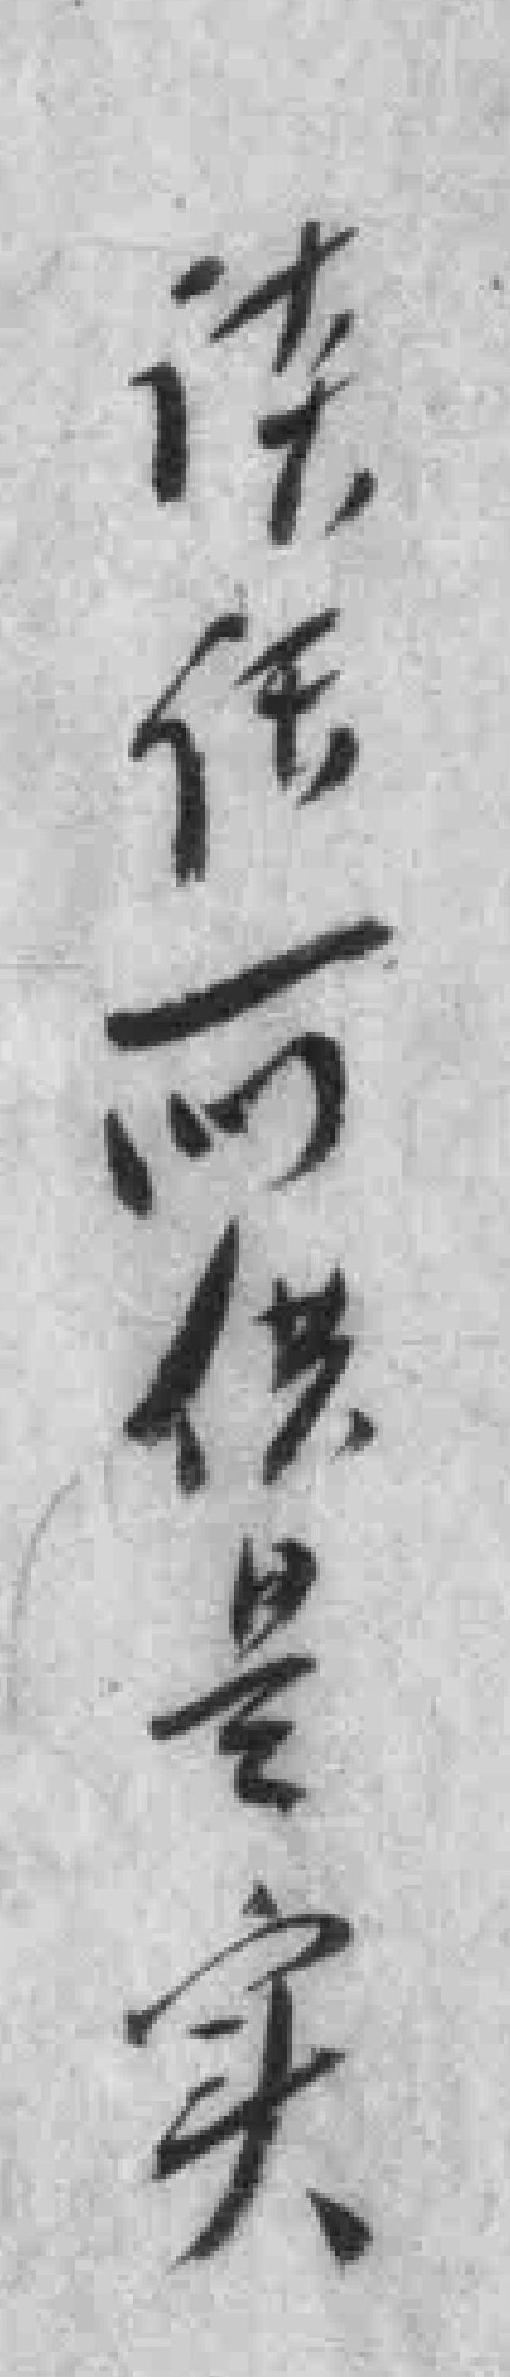
谈话所供是实